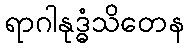
ရာဂါနုဒ္ဓံသိတေန